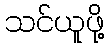
သင်ယူဖို့